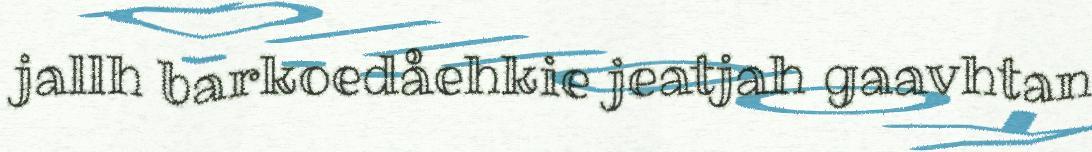
jallh barkoedåehkie jeatjah gaavhtan